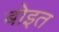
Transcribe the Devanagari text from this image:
बोइत